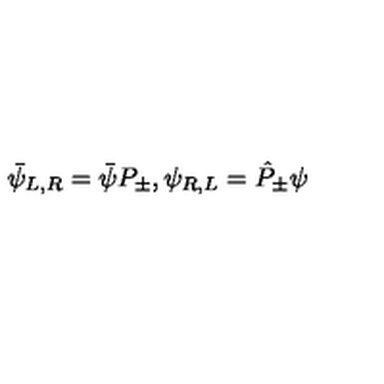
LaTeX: \bar { \psi } _ { L , R } = \bar { \psi } P _ { \pm } , \psi _ { R , L } = \hat { P } _ { \pm } \psi